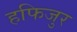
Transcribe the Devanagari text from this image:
हफिजुर